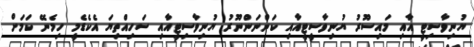
ޔުނިވާސިޓީ އާއި މައިސޫރު ޔުނިވާސީޓީއާއި ކަންނަންނޫރު ޔުނިވާސިޓީއާއި ސަހިއްތިޔަ އެކެޑެމީ ހިމެނޭ ކަަމަށް